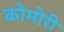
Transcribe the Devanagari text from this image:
कोमोरी